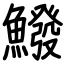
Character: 鱍